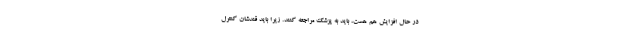
در حال افزایش هم هست، باید به پزشک مراجعه کنند. زیرا باید قندشان کنترل